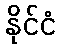
နိုင်ငံ